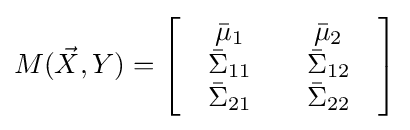
M({\vec {X}},Y)=\left[{\begin{array}{*{20}c}{\begin{array}{*{20}c}{{\bar {\mu }}_{1}}\\{{\bar {\Sigma }}_{11}}\\{{\bar {\Sigma }}_{21}}\\\end{array}}&{\begin{array}{*{20}c}{{\bar {\mu }}_{2}}\\{{\bar {\Sigma }}_{12}}\\{{\bar {\Sigma }}_{22}}\\\end{array}}\\\end{array}}\right]